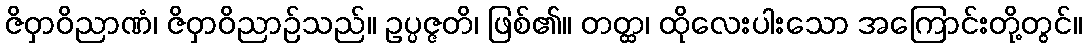
ဇိဝှာဝိညာဏံ၊ ဇိဝှာဝိညာဉ်သည်။ ဥပ္ပဇ္ဇတိ၊ ဖြစ်၏။ တတ္ထ၊ ထိုလေးပါးသော အကြောင်းတို့တွင်။